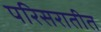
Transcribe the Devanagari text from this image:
परिसरातीत